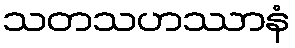
သတသဟဿာနံ